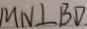
M N \bot B D